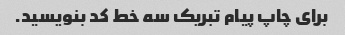
برای چاپ پیام تبریک سه خط کد بنویسید.